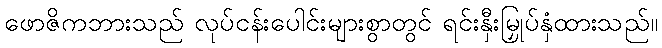
ဖောဇိကဘားသည် လုပ်ငန်းပေါင်းများစွာတွင် ရင်းနှီးမြှုပ်နှံထားသည်။